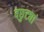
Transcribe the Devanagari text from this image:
वछुट्यां